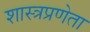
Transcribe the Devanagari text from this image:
शास्त्रप्रणेता